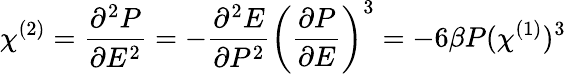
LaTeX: \chi^{(2)}=\frac{\partial^{2}P}{\partial E^{2}}=-\frac{\partial^{2}E}{\partial P^{2}}\left(\frac{\partial P}{\partial E}\right)^{3}=-6\beta P(\chi^{(1)})^{3}